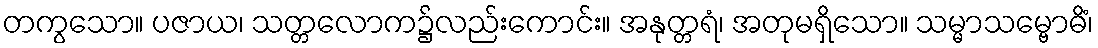
တကွသော။ ပဇာယ၊ သတ္တလောက၌လည်းကောင်း။ အနုတ္တရံ၊ အတုမရှိသော။ သမ္မာသမ္ဗောဓိံ၊